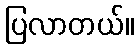
ပြလာတယ်။